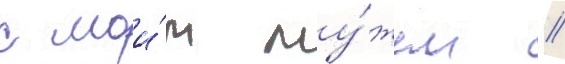
с мои́м му́жем //